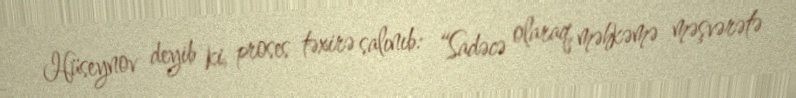
Hüseynov deyib ki, proses təxirə salınıb: “Sadəcə olaraq, məhkəmə məşvərətə